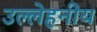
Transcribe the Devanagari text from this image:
उल्लेहनीय